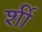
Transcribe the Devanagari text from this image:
र्शी